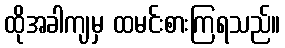
ထိုအခါကျမှ ထမင်းစားကြရသည်။